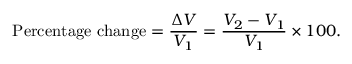
{ \mathrm { P e r c e n t a g e ~ c h a n g e } } = { \frac { \Delta V } { V _ { 1 } } } = { \frac { V _ { 2 } - V _ { 1 } } { V _ { 1 } } } \times 1 0 0 .